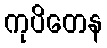
ကုပိတေန